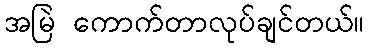
အမြဲ ကောက်တာလုပ်ချင်တယ်။